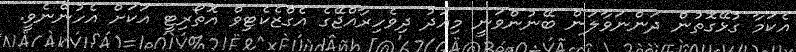
އެކަމާ ގުޅޭގޮތުން ދަންނަވާލަން ބޭނުންވަނީ މިއަދު ދިވެހިރާއްޖޭގެ އެގްޒެކެޓިވް އޮތޯރިޓީ އަކަށް އެހުންނެވީ.